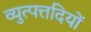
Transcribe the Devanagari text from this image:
व्युत्पत्तदियों